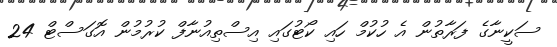
ސަކީނާގެ ފަރާތުން އެ ހުކުމް ހައި ކޯޓުގައި އިސްތިއުނާފް ކުރުމުން އޮގަސްޓް 24